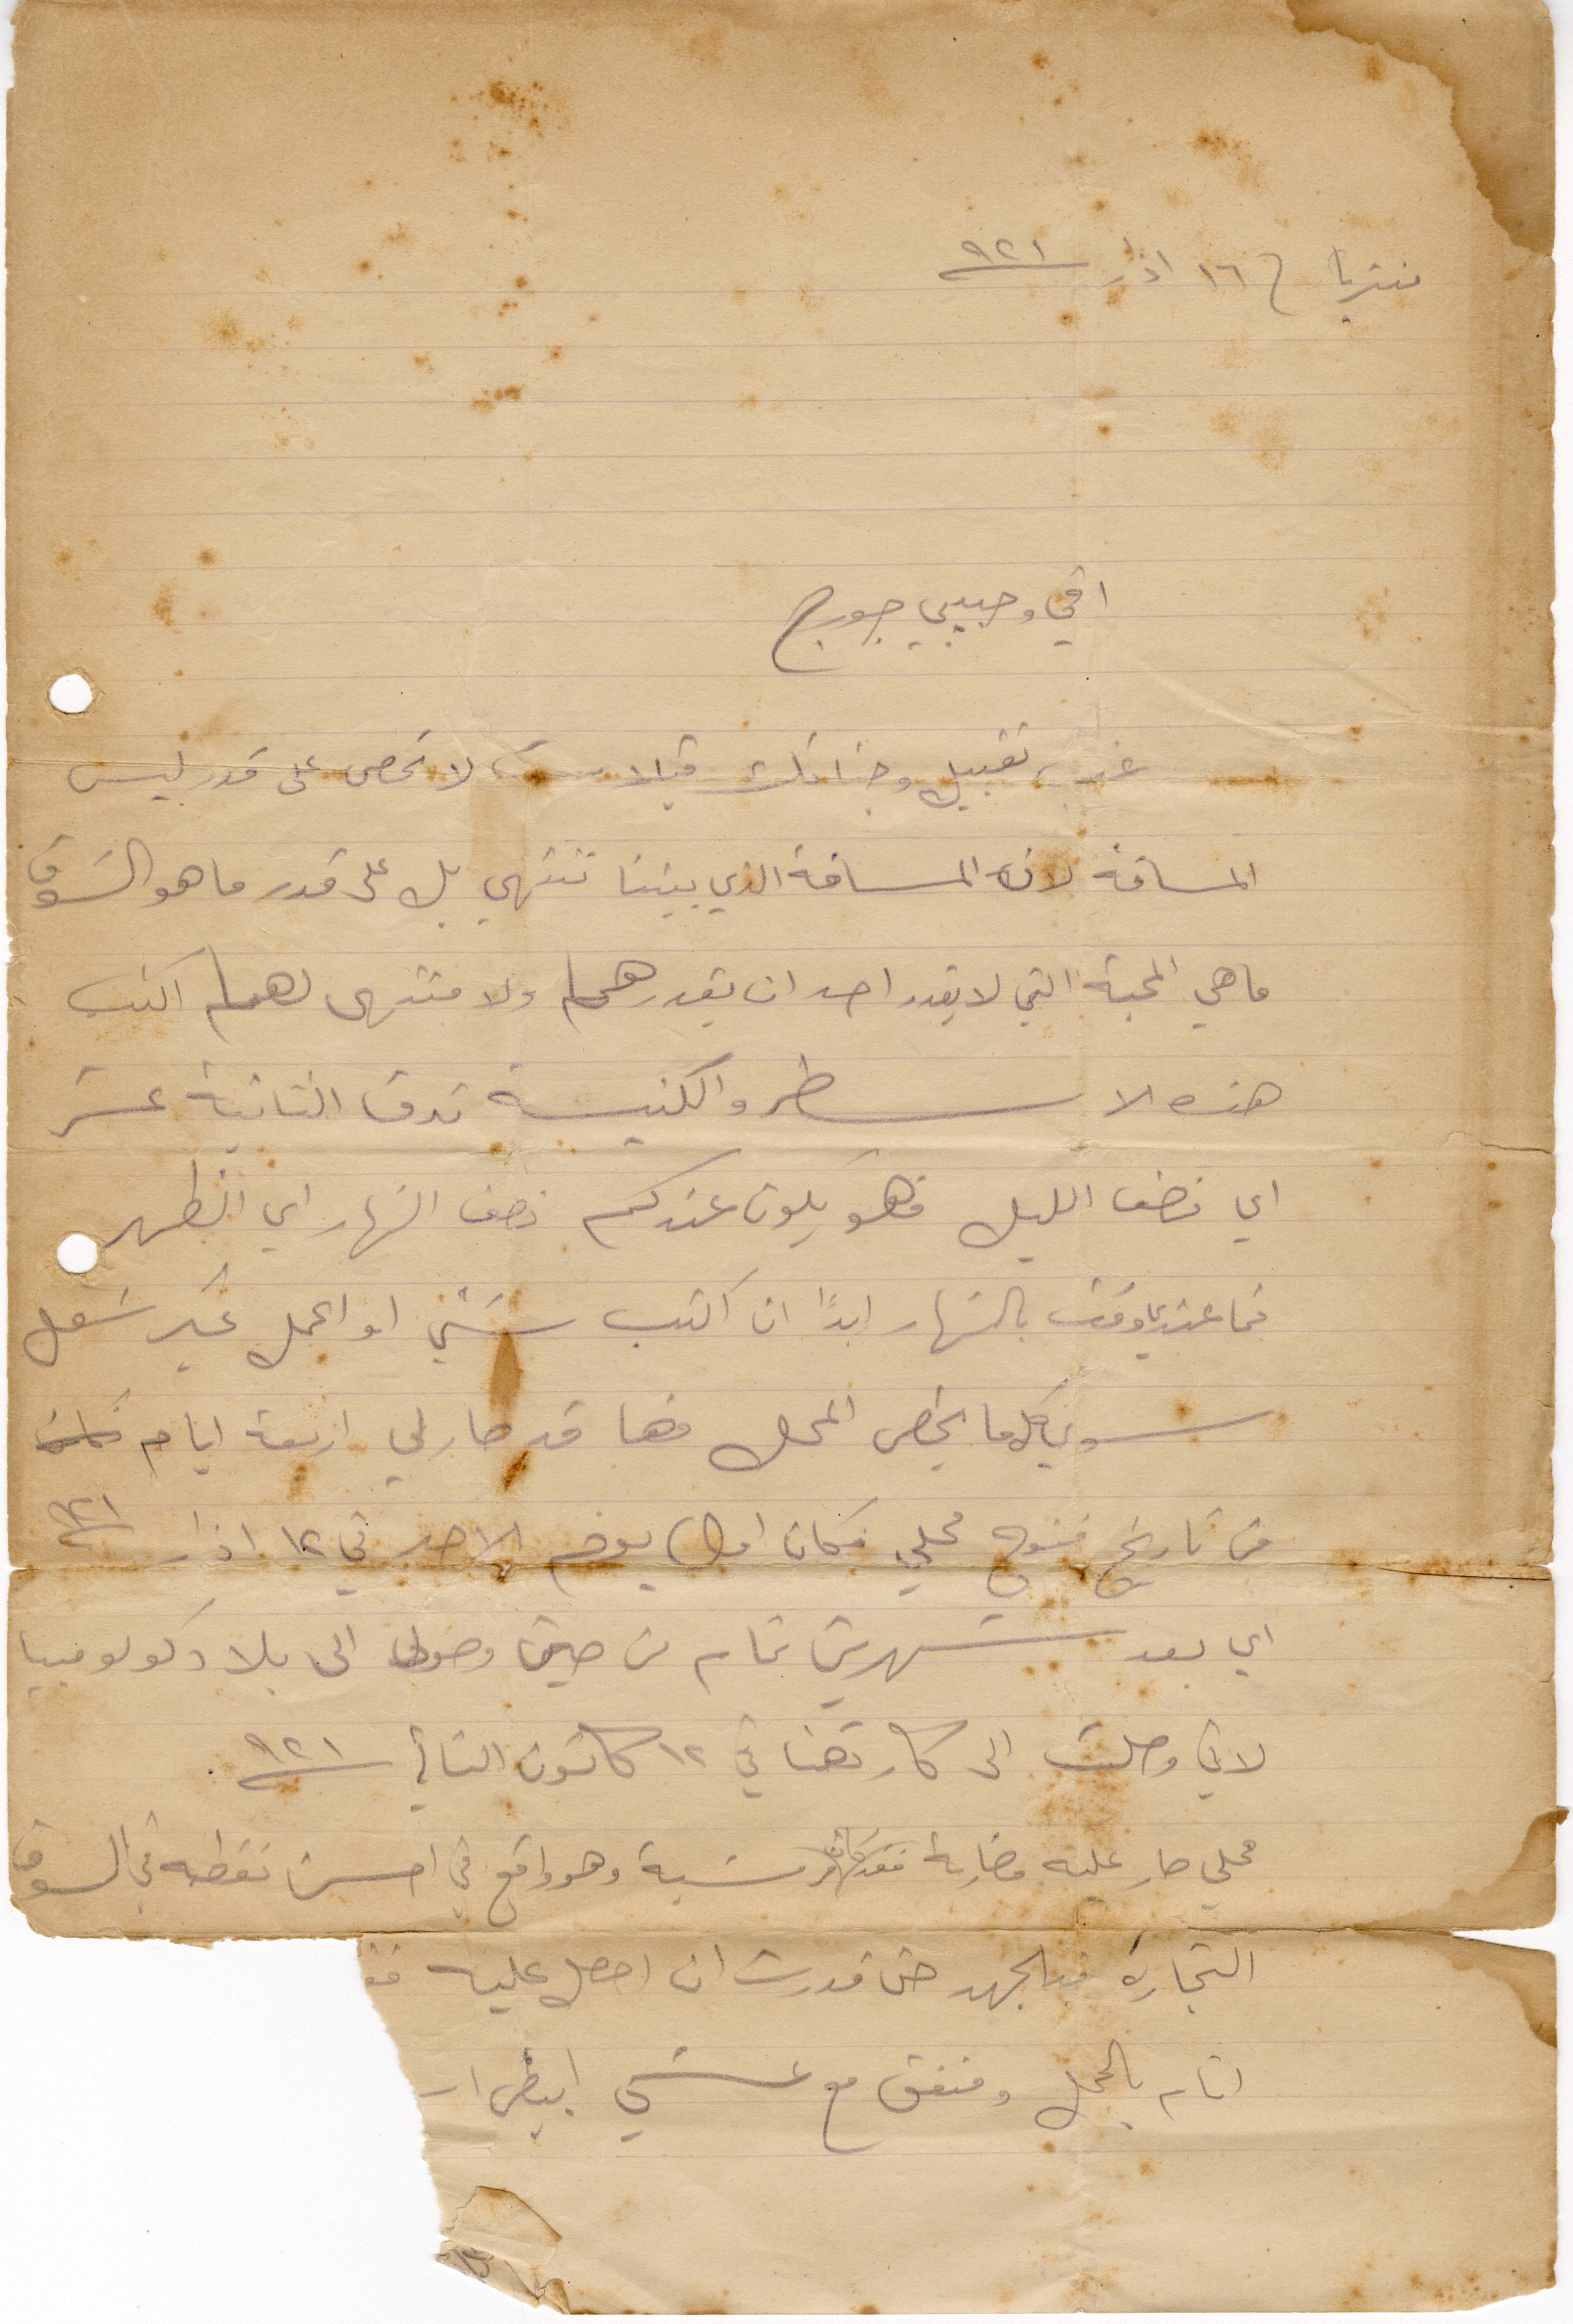
منتريا في ١٦ آذار ١٩٢١
اخي وحبيبي جورج
نحب تقبيل وجناتك قبلات لا تحصى على قدر ليس
المسافة لأن المسافة الذي بيننا تنتهي بل على قدر ما هو الشوق
ما هي المحبة التي لا يقدر احد أن يقدرها ولا منتهى لها اكتب
هذه الاسطر والكنيسة تدق الثانية عشر
أي نصف الليل فهو يكون عندكم نصف النهار أي الظهر
فما عندي وقت بالنهار ابدًا ان اكتب شيء او اعمل غير شغل
سوي كل ما يخص المحل فها قد صار لي أربعة أيام
من تاريخ فتوح محلي فكان اول يوم الاحد في ١٢ آذار ١٩٢١
أي بعد شهرين بتمام من حين وصولي الى بلاد كولومبيا
لاني وصلت الى كارتهنا في ١٢ كانون الثاني ١٩٢١
محلي صار عليه مضاربة فقد كان مرتبة وهو واقع في احسن نقطة في السوق
التجارة قد الجهد قدرت ان احصل عليه من
أيام بالجمل ومتفق مع عشي ابيض